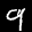
Label: 9